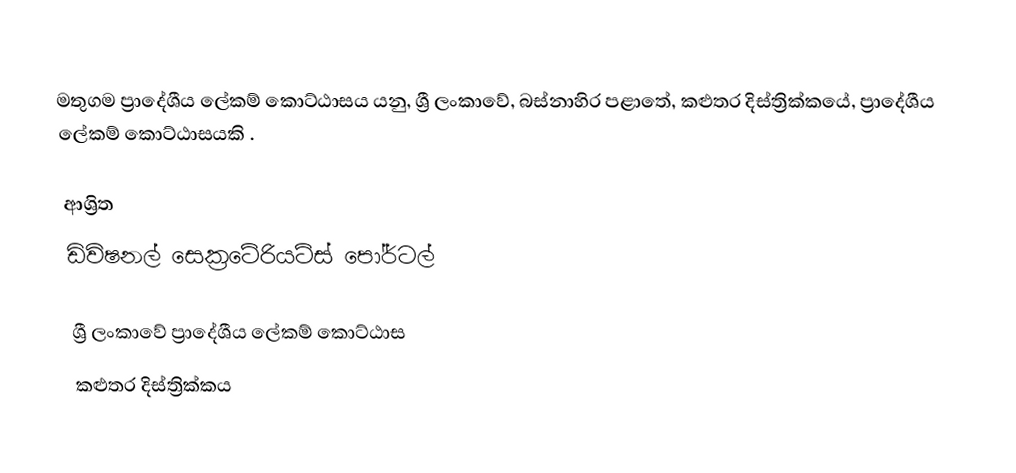
මතුගම ප්‍රාදේශීය ලේකම් කොට්ඨාසය යනු,  ශ්‍රී ලංකාවේ, බස්නාහිර පළාතේ,   කළුතර දිස්ත්‍රික්කයේ, ප්‍රාදේශීය ලේකම් කොට්ඨාසයකි .

ආශ්‍රිත
 ඩිවිෂනල් සෙක්‍රටේරියට්ස් පෝර්ටල්

ශ්‍රී ලංකාවේ ප්‍රාදේශීය ලේකම් කොට්ඨාස
කළුතර දිස්ත්‍රික්කය